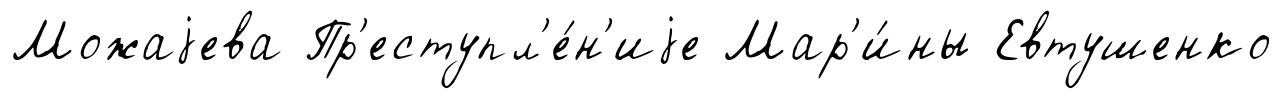
Можаjева Пр'еступл'е́н'иjе Мар'и́ны Евтушенко